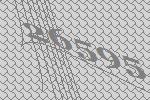
26595